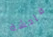
فاحشة